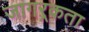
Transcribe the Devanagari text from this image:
जागऱ्रकता